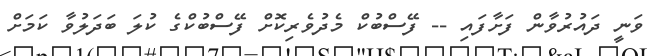
ވަނީ ދައުރުވާން ފަށާފައި -- ފޭސްބުކް މެދުވެރިކޮށް ފޭސްބުކްގެ ކުލަ ބަދަލުވާ ކަމަށް